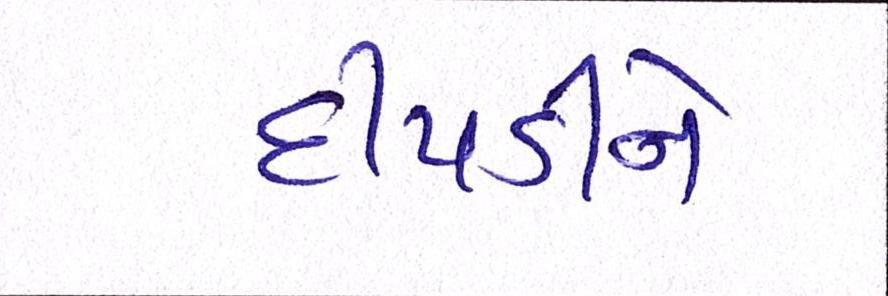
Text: દીપડીને